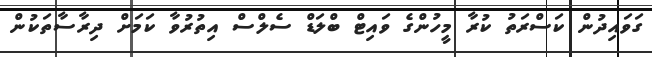
ގަވައިދުން ކަސްރަތު ކުރާ މީހުންގެ ވައިޓް ބްލަޑް ސެލްސް އިތުރުވާ ކަމަށް ދިރާސާތަކުން